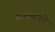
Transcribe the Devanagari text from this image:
राजस्थानमे